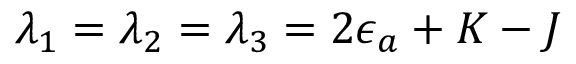
\lambda _ { 1 } = \lambda _ { 2 } = \lambda _ { 3 } = 2 \epsilon _ { a } + K - J